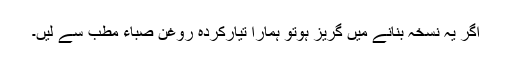
اگر یہ نسخہ بنانے میں گریز ہوتو ہمارا تیارکردہ روغن صباء مطب سے لیں۔